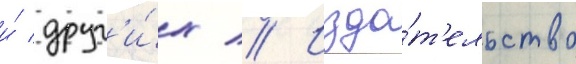
и́ друг'и́х // Изда́т'ельство